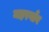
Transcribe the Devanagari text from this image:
महरगाँव